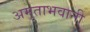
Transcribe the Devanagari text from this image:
अमृताभवानी